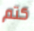
كتم